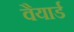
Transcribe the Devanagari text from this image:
वैयार्ड